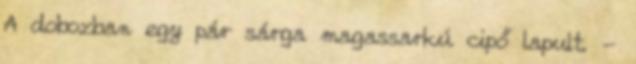
A dobozban egy pár sárga magassarkú cipő lapult. -